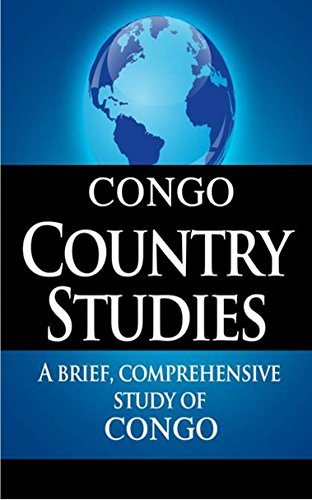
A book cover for DEMOCRATIC REPUBLIC OF THE CONGO Country Studies: A brief, comprehensive study of Democratic Republic of the Congo; CIA; Travel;